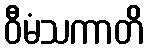
ဝီမံသကာတိ